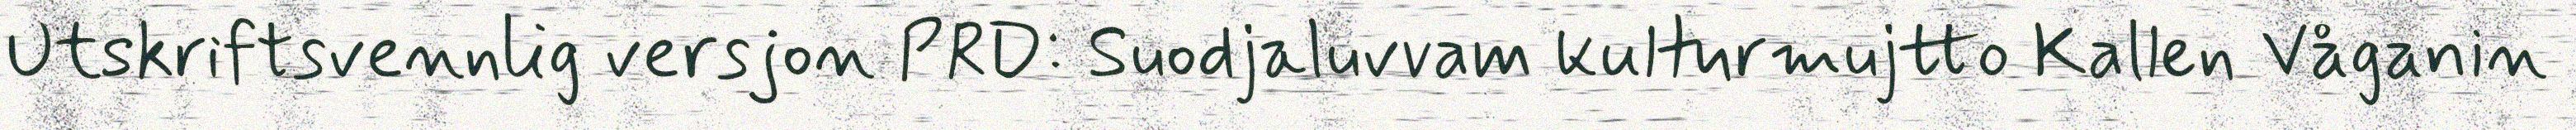
Utskriftsvennlig versjon PRD: Suodjaluvvam kulturmujtto Kallen Våganin